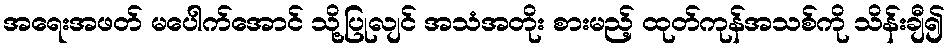
အရေးအဖတ် မပေါက်အောင် သို့ပြုလျင် အသံအတိုး စားမည့် ထုတ်ကုန်အသစ်ကို သိန်းချီ၍